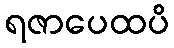
ရဇာပေထပိ